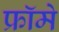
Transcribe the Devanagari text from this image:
फ्रॉमे